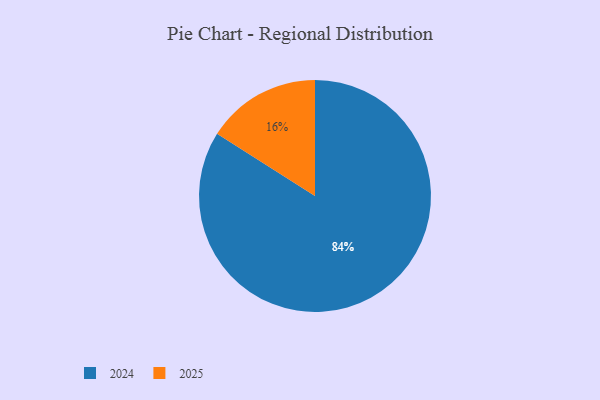
{"axis": {"x": "Category", "y": "Percentage"}, "legend": ["2024", "2025"], "data": [{"x": "2025", "y": 16, "type": "2025"}, {"x": "2024", "y": 84, "type": "2024"}]}